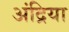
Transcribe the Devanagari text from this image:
अंद्रिया